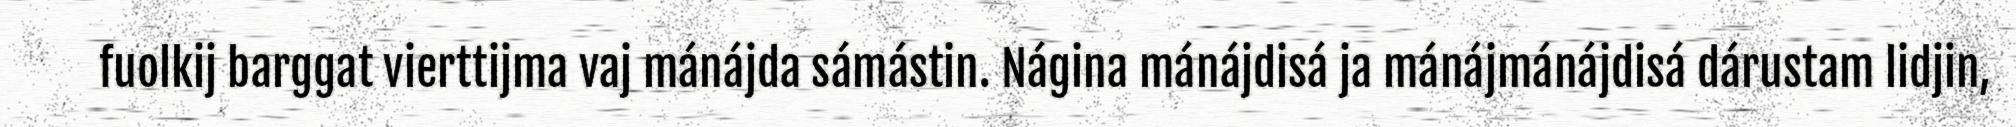
fuolkij barggat vierttijma vaj mánájda sámástin. Nágina mánájdisá ja mánájmánájdisá dárustam lidjin,